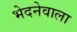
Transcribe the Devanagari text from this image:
भेदनेवाला